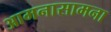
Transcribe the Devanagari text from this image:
आमनासामना